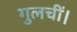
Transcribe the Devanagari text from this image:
गुलचीं।